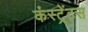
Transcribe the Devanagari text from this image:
कंस्ट्रेंट्स